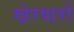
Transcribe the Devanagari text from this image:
खेरवारों